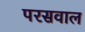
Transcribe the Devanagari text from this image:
परसवाल